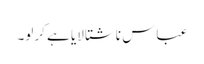
عباس ناشتا لایا ہے کرلو۔